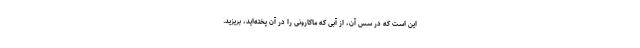
این است که در سس آن، از آبی که ماکارونی را در آن پخته‌اید، بریزید.